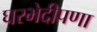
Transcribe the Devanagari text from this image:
घरभेदीपणा